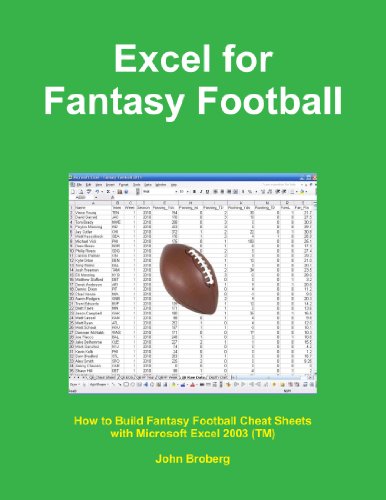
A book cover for Excel For Fantasy Football; John Broberg; Humor & Entertainment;